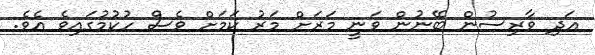
އަދި ވާރިސުން ބޭނުން ވަނީ މަރަށް މަރު ކަމަށް ވެސް ހުކުމުގައިވެ އެވެ.